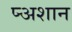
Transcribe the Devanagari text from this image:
प्र्‍अशान